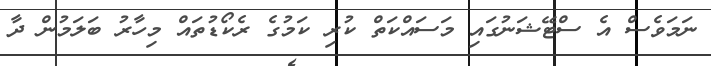
ނަމަވެސް އެ ސްޓޭޝަނުގައި މަސައްކަތް ކުރި ކަމުގެ ރެކޯޑުތައް މިހާރު ބަލަމުން ދާ